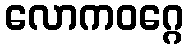
လောကဝဂ္ဂေ